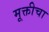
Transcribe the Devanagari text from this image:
मूक्तीचा